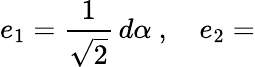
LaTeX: e_{1}={\frac{{1}}{{\sqrt{2}}}}\, d\alpha~,\quad e_{2}=